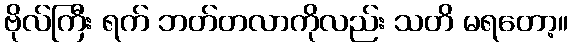
ဗိုလ်ကြီး ရက် ဘတ်တလာကိုလည်း သတိ မရတော့။